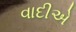
વાદીએ